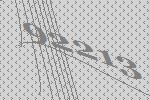
92213